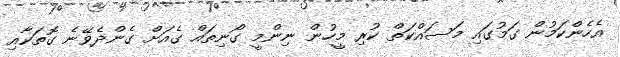
އެހެންކަމުން ގަމުގައި މަސައްކަތް ކުރި މީހުން ނިންމީ ގޯނިތައް ގެއަށް ގެންދެވޭނެ ގޮތަކާއި